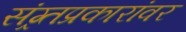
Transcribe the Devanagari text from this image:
संग्र्र्तप्रकारांवर